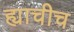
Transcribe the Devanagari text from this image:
ह्याचीच